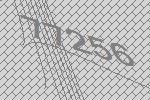
77256